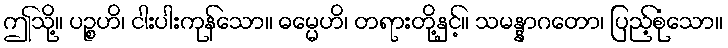
ဤသို့။ ပဉ္စဟိ၊ ငါးပါးကုန်သော။ ဓမ္မေဟိ၊ တရားတို့နှင့်။ သမန္နာဂတော၊ ပြည့်စုံသော။